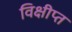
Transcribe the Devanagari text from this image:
विक्षीप्त